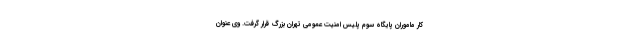
کار ماموران پایگاه سوم پلیس امنیت عمومی تهران بزرگ قرار گرفت. وی عنوان